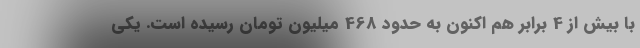
با بیش از 4 برابر هم اکنون به حدود 468 میلیون تومان رسیده است. یکی